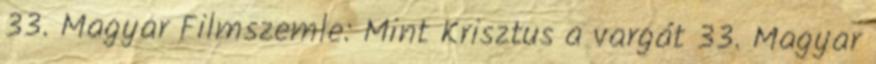
33. Magyar Filmszemle: Mint Krisztus a vargát 33. Magyar